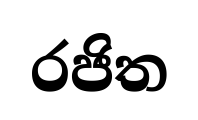
රජිත